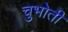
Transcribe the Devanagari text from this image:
चुभोती